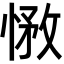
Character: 𢝽